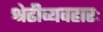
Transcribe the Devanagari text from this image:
श्रेढीव्यवहारः